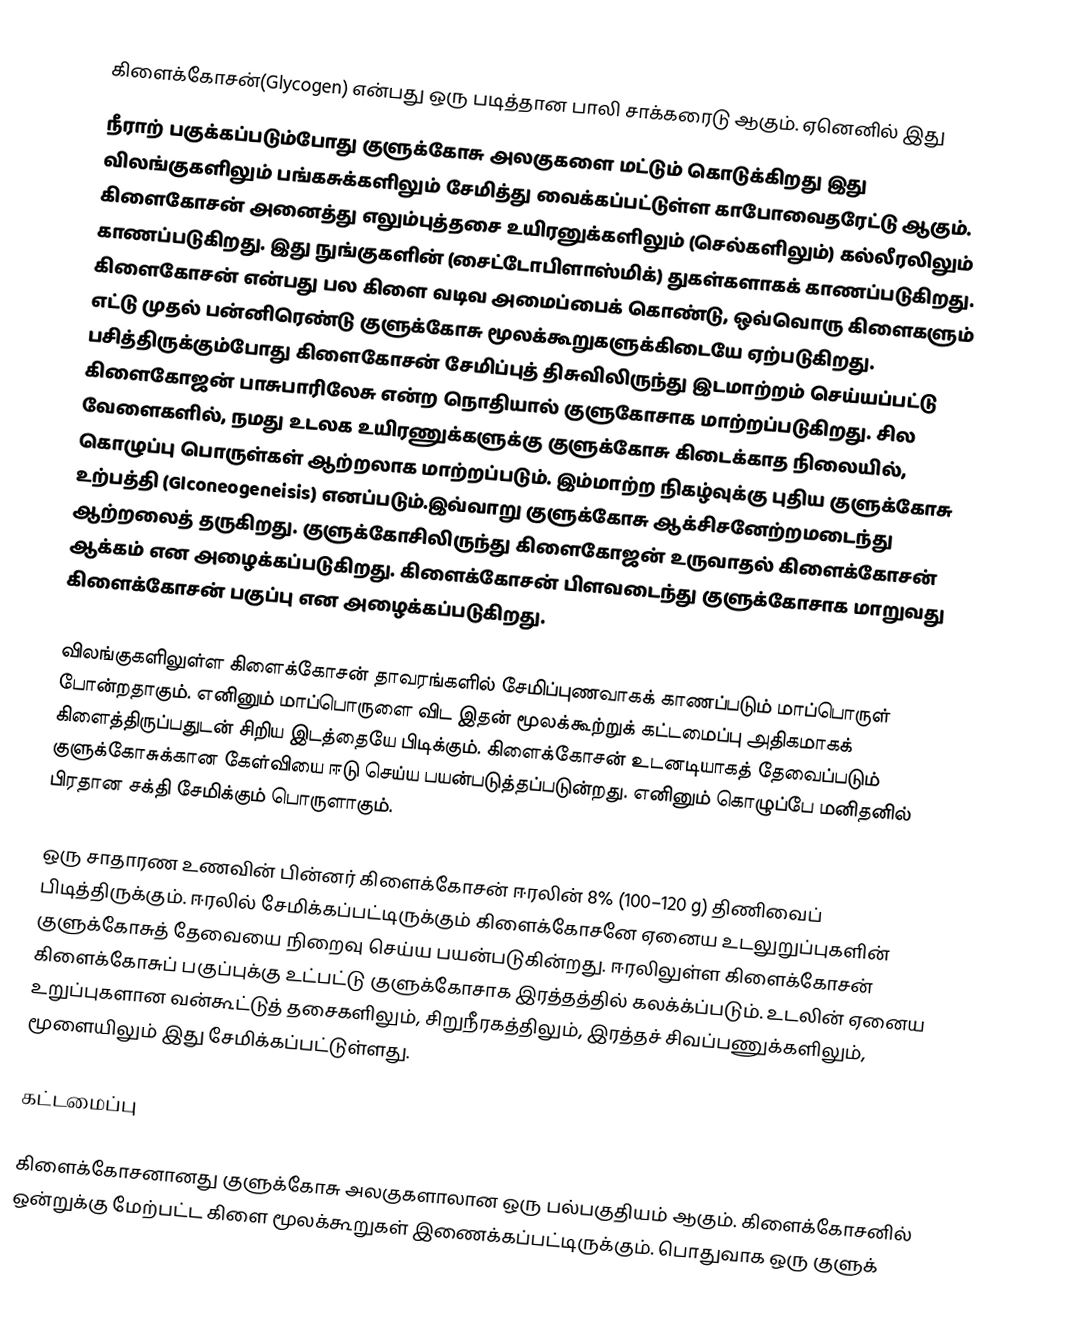
கிளைக்கோசன்(Glycogen) என்பது ஒரு படித்தான பாலி சாக்கரைடு ஆகும். ஏனெனில் இது
நீராற் பகுக்கப்படும்போது குளுக்கோசு அலகுகளை மட்டும் கொடுக்கிறது இது விலங்குகளிலும் பங்கசுக்களிலும் சேமித்து வைக்கப்பட்டுள்ள காபோவைதரேட்டு ஆகும். கிளைகோசன் அனைத்து எலும்புத்தசை உயிரனுக்களிலும் (செல்களிலும்) கல்லீரலிலும் காணப்படுகிறது. இது நுங்குகளின் (சைட்டோபிளாஸ்மிக்) துகள்களாகக் காணப்படுகிறது. கிளைகோசன் என்பது பல கிளை வடிவ அமைப்பைக் கொண்டு, ஒவ்வொரு கிளைகளும் எட்டு முதல் பன்னிரெண்டு குளுக்கோசு மூலக்கூறுகளுக்கிடையே ஏற்படுகிறது. பசித்திருக்கும்போது கிளைகோசன் சேமிப்புத் திசுவிலிருந்து இடமாற்றம் செய்யப்பட்டு கிளைகோஜன் பாசுபாரிலேசு என்ற நொதியால் குளுகோசாக மாற்றப்படுகிறது. சில வேளைகளில், நமது உடலக உயிரணுக்களுக்கு குளுக்கோசு கிடைக்காத நிலையில், கொழுப்பு பொருள்கள் ஆற்றலாக மாற்றப்படும். இம்மாற்ற நிகழ்வுக்கு புதிய குளுக்கோசு உற்பத்தி (Glconeogeneisis) எனப்படும்.இவ்வாறு குளுக்கோசு ஆக்சிசனேற்றமடைந்து ஆற்றலைத் தருகிறது. குளுக்கோசிலிருந்து கிளைகோஜன் உருவாதல் கிளைக்கோசன் ஆக்கம் என அழைக்கப்படுகிறது. கிளைக்கோசன் பிளவடைந்து குளுக்கோசாக மாறுவது கிளைக்கோசன் பகுப்பு என அழைக்கப்படுகிறது.

விலங்குகளிலுள்ள கிளைக்கோசன் தாவரங்களில் சேமிப்புணவாகக் காணப்படும் மாப்பொருள் போன்றதாகும். எனினும் மாப்பொருளை விட இதன் மூலக்கூற்றுக் கட்டமைப்பு அதிகமாகக் கிளைத்திருப்பதுடன் சிறிய இடத்தையே பிடிக்கும். கிளைக்கோசன் உடனடியாகத் தேவைப்படும் குளுக்கோசுக்கான கேள்வியை ஈடு செய்ய பயன்படுத்தப்படுன்றது. எனினும் கொழுப்பே மனிதனில் பிரதான சக்தி சேமிக்கும் பொருளாகும்.

ஒரு சாதாரண உணவின் பின்னர் கிளைக்கோசன் ஈரலின் 8% (100–120 g) திணிவைப் பிடித்திருக்கும். ஈரலில் சேமிக்கப்பட்டிருக்கும் கிளைக்கோசனே ஏனைய உடலுறுப்புகளின் குளுக்கோசுத் தேவையை நிறைவு செய்ய பயன்படுகின்றது. ஈரலிலுள்ள கிளைக்கோசன் கிளைக்கோசுப் பகுப்புக்கு உட்பட்டு குளுக்கோசாக இரத்தத்தில் கலக்க்ப்படும். உடலின் ஏனைய உறுப்புகளான வன்கூட்டுத் தசைகளிலும், சிறுநீரகத்திலும், இரத்தச் சிவப்பணுக்களிலும், மூளையிலும் இது சேமிக்கப்பட்டுள்ளது.

கட்டமைப்பு

கிளைக்கோசனானது குளுக்கோசு அலகுகளாலான ஒரு பல்பகுதியம் ஆகும். கிளைக்கோசனில் ஒன்றுக்கு மேற்பட்ட கிளை மூலக்கூறுகள் இணைக்கப்பட்டிருக்கும். பொதுவாக ஒரு குளுக்